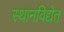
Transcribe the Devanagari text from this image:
स्थानविद्येत